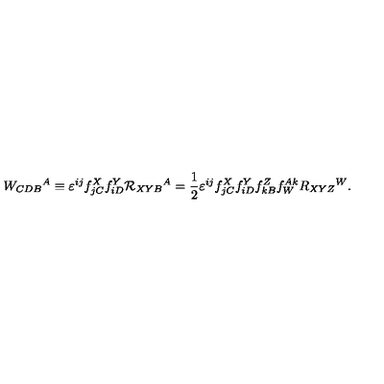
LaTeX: W _ { C D B } { } ^ { A } \equiv \varepsilon ^ { i j } f _ { j C } ^ { X } f _ { i D } ^ { Y } { \cal R } _ { X Y B } { } ^ { A } = \frac 1 2 \varepsilon ^ { i j } f _ { j C } ^ { X } f _ { i D } ^ { Y } f _ { k B } ^ { Z } f _ { W } ^ { A k } R _ { X Y Z } { } ^ { W } .